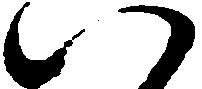
八